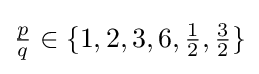
{\tfrac {p}{q}}\in \{1,2,3,6,{\tfrac {1}{2}},{\tfrac {3}{2}}\}